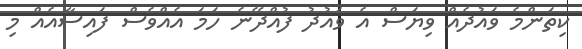
ކިތަންމެ ވައުދެއް ވިޔަސް އެ ވައުދު ފުއްދޭނެ ހަމަ އެއްވެސް ފައިސާއެއް މި